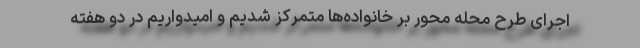
اجرای طرح محله محور بر خانواده‌ها متمرکز شدیم و امیدواریم در دو هفته